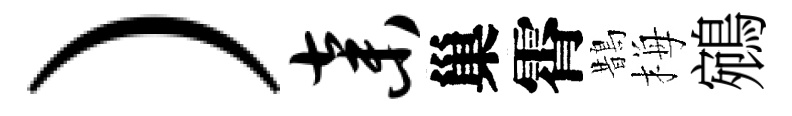
）弃巢霄鵲梅鵷